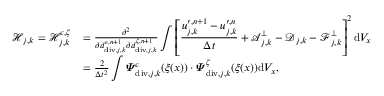
\begin{array} { r l } { \boldsymbol { \mathcal { H } } _ { j , \boldsymbol { k } } = \mathcal { H } _ { j , \boldsymbol { k } } ^ { \epsilon , \zeta } } & { = \frac { \partial ^ { 2 } } { \partial d _ { \mathrm { d i v } , j , \boldsymbol { k } } ^ { \epsilon , n + 1 } \partial d _ { \mathrm { d i v } , j , \boldsymbol { k } } ^ { \zeta , n + 1 } } \displaystyle \int \left[ \frac { \boldsymbol { u } _ { j , \boldsymbol { k } } ^ { \prime , n + 1 } - \boldsymbol { u } _ { j , \boldsymbol { k } } ^ { \prime , n } } { \Delta t } + \boldsymbol { \mathcal { A } } _ { j , \boldsymbol { k } } ^ { \bot } - \boldsymbol { \mathcal { D } } _ { j , \boldsymbol { k } } - \boldsymbol { \mathcal { F } } _ { j , \boldsymbol { k } } ^ { \bot } \right] ^ { 2 } \mathrm { d } V _ { x } } \\ & { = \frac { 2 } { \Delta t ^ { 2 } } \displaystyle \int \boldsymbol { \varPsi } _ { \mathrm { d i v } , j , \boldsymbol { k } } ^ { \epsilon } ( \boldsymbol { \xi } ( \boldsymbol { x } ) ) \cdot \boldsymbol { \varPsi } _ { \mathrm { d i v } , j , \boldsymbol { k } } ^ { \zeta } ( \boldsymbol { \xi } ( \boldsymbol { x } ) ) \mathrm { d } V _ { x } , } \end{array}